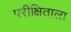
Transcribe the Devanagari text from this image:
परीक्षिताला